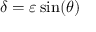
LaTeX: \delta = \varepsilon \sin ( \theta )